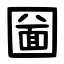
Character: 圙